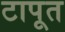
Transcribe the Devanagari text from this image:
टापूत